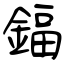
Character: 鍢